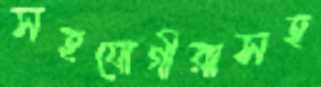
সহযোগীরাসহ